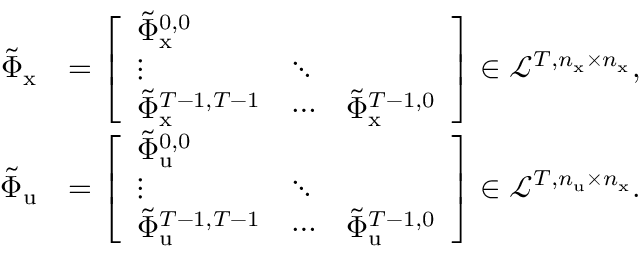
\begin{array} { r l } { \tilde { \Phi } _ { \mathrm { x } } } & { = \left[ \begin{array} { l l l } { \tilde { \Phi } _ { \mathrm { x } } ^ { 0 , 0 } } & & \\ { \vdots } & { \ddots } & \\ { \tilde { \Phi } _ { \mathrm { x } } ^ { T - 1 , T - 1 } } & { \cdots } & { \tilde { \Phi } _ { \mathrm { x } } ^ { T - 1 , 0 } } \end{array} \right] \in \mathcal { L } ^ { T , n _ { \mathrm { x } } \times n _ { \mathrm { x } } } , } \\ { \tilde { \Phi } _ { \mathrm { u } } } & { = \left[ \begin{array} { l l l } { \tilde { \Phi } _ { \mathrm { u } } ^ { 0 , 0 } } & & \\ { \vdots } & { \ddots } & \\ { \tilde { \Phi } _ { \mathrm { u } } ^ { T - 1 , T - 1 } } & { \cdots } & { \tilde { \Phi } _ { \mathrm { u } } ^ { T - 1 , 0 } } \end{array} \right] \in \mathcal { L } ^ { T , n _ { \mathrm { u } } \times n _ { \mathrm { x } } } . } \end{array}